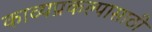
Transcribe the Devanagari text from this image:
काव्यप्रकल्पासाठी